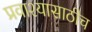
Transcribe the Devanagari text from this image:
प्रवाश्यासाठीच